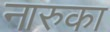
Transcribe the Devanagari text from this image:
नारुका